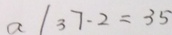
a / 3 7 - 2 = 3 5